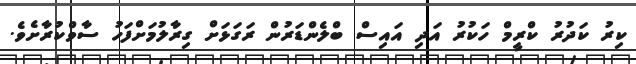
ކިރު ކަދުރު ކްރީމް ހަކުރު އަދި އައިސް ބްލެންޑަރުން ރަގަޅަށް ގިރާލުމަށްފަހު ސާވްކުރާށެވެ.